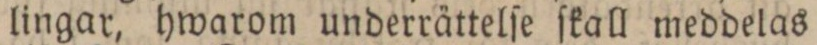
lingar, hwarom underrättelſe ſkall meddelas